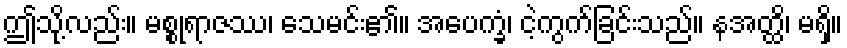
ဤသို့လည်း။ မစ္စုရာဇဿ၊ သေမင်း၏။ အပေက္ခံ၊ ငဲ့ကွက်ခြင်းသည်။ နအတ္ထိ၊ မရှိ။